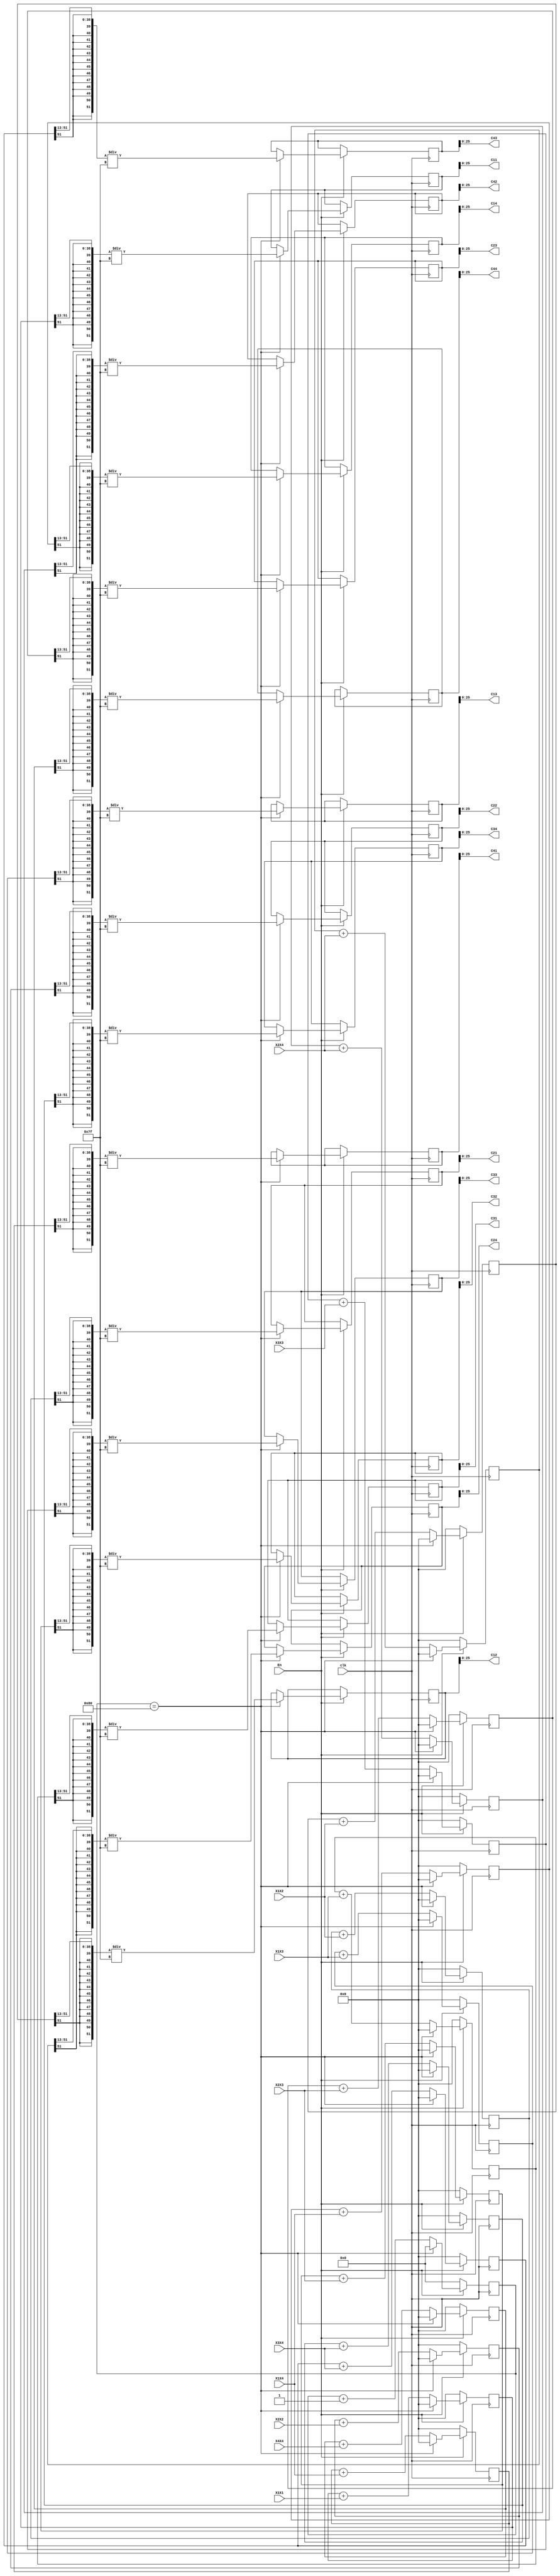
module CovAdderAndDivider(
	input En,
	input clk,

	input wire signed [51:0] X1X1,
	input wire signed [51:0] X1X2,
	input wire signed [51:0] X1X3,
	input wire signed [51:0] X1X4,
	//input wire signed [15:0] X2X1,
	input wire signed [51:0] X2X2,
	input wire signed [51:0] X2X3,
	input wire signed [51:0] X2X4,
	//input wire signed [15:0] X3X1,
	//input wire signed [15:0] X3X2,
	input wire signed [51:0] X3X3, 
    input wire signed [51:0] X3X4, 
	//input wire signed [15:0] X4X1,
   // input wire signed [15:0] X4X2, 
   // input wire signed [15:0] X4X3, 
    input wire signed [51:0] X4X4,
	
	output signed [25:0] C11,
	output signed [25:0] C12,
	output signed [25:0] C13,
	output signed [25:0] C14,
	output signed [25:0] C21,
	output signed [25:0] C22,
	output signed [25:0] C23,
	output signed [25:0] C24,
	output signed [25:0] C31,
	output signed [25:0] C32,
	output signed [25:0] C33,
	output signed [25:0] C34,
	output signed [25:0] C41,
	output signed [25:0] C42,
	output signed [25:0] C43,
	output signed [25:0] C44
);


reg signed [51:0] C11_52b;
reg signed [51:0] C12_52b;
reg signed [51:0] C13_52b;
reg signed [51:0] C14_52b;
reg signed [51:0] C21_52b;
reg signed [51:0] C22_52b;
reg signed [51:0] C23_52b;
reg signed [51:0] C24_52b;
reg signed [51:0] C31_52b;
reg signed [51:0] C32_52b;
reg signed [51:0] C33_52b;
reg signed [51:0] C34_52b;
reg signed [51:0] C41_52b;
reg signed [51:0] C42_52b;
reg signed [51:0] C43_52b;
reg signed [51:0] C44_52b;

reg signed [51:0] C11_reg;
reg signed [51:0] C12_reg;
reg signed [51:0] C13_reg;
reg signed [51:0] C14_reg;
reg signed [51:0] C21_reg;
reg signed [51:0] C22_reg;
reg signed [51:0] C23_reg;
reg signed [51:0] C24_reg;
reg signed [51:0] C31_reg;
reg signed [51:0] C32_reg;
reg signed [51:0] C33_reg;
reg signed [51:0] C34_reg;
reg signed [51:0] C41_reg;
reg signed [51:0] C42_reg;
reg signed [51:0] C43_reg;
reg signed [51:0] C44_reg;

assign C11 = C11_reg[25:0];
assign C12 = C12_reg[25:0];
assign C13 = C13_reg[25:0];
assign C14 = C14_reg[25:0];
assign C21 = C21_reg[25:0];
assign C22 = C22_reg[25:0];
assign C23 = C23_reg[25:0];
assign C24 = C24_reg[25:0];
assign C31 = C31_reg[25:0];
assign C32 = C32_reg[25:0];
assign C33 = C33_reg[25:0];
assign C34 = C34_reg[25:0];
assign C41 = C41_reg[25:0];
assign C42 = C42_reg[25:0];
assign C43 = C43_reg[25:0];
assign C44 = C44_reg[25:0];

reg [7:0] cnt;

always @ (posedge clk) begin
	if(En) begin
		if(cnt == 128) begin
			 cnt<=0;
			 C11_reg <= (C11_52b >>> 13) / 127;
			 C12_reg <= (C12_52b >>> 13) / 127;
			 C13_reg <= (C13_52b >>> 13) / 127;
			 C14_reg <= (C14_52b >>> 13) / 127;
			 C21_reg <= (C21_52b >>> 13) / 127;
             C22_reg <= (C22_52b >>> 13) / 127;
             C23_reg <= (C23_52b >>> 13) / 127;
             C24_reg <= (C24_52b >>> 13) / 127;
             C31_reg <= (C31_52b >>> 13) / 127;
             C32_reg <= (C32_52b >>> 13) / 127;
             C33_reg <= (C33_52b >>> 13) / 127;
             C34_reg <= (C34_52b >>> 13) / 127;
             C41_reg <= (C41_52b >>> 13) / 127;
             C42_reg <= (C42_52b >>> 13) / 127;
             C43_reg <= (C43_52b >>> 13) / 127;
			 C44_reg <= (C44_52b >>> 13) / 127;
			 
			 C11_52b <= 0;
			 C12_52b <= 0;
			 C13_52b <= 0;
			 C14_52b <= 0;
			 C21_52b <= 0;
			 C22_52b <= 0;
			 C23_52b <= 0;
			 C24_52b <= 0;
			 C31_52b <= 0;
			 C32_52b <= 0;
			 C33_52b <= 0;
			 C34_52b <= 0;
			 C41_52b <= 0;
			 C42_52b <= 0;
			 C43_52b <= 0;
			 C44_52b <= 0;
			
		end
		else begin
			 C11_52b <=  C11_52b + X1X1;
			 C12_52b <=  C12_52b + X1X2;
			 C13_52b <=  C13_52b + X1X3;
			 C14_52b <=  C14_52b + X1X4;
			 C21_52b <=  C21_52b + X1X2;
             C22_52b <=  C22_52b + X2X2;
             C23_52b <=  C23_52b + X2X3;
             C24_52b <=  C24_52b + X2X4;
             C31_52b <=  C31_52b + X1X3;
             C32_52b <=  C32_52b + X2X3;
             C33_52b <=  C33_52b + X3X3;
             C34_52b <=  C34_52b + X3X4;
             C41_52b <=  C41_52b + X1X4;
             C42_52b <=  C42_52b + X2X4;
             C43_52b <=  C43_52b + X3X4;
			 C44_52b <=  C44_52b + X4X4;

			 cnt<=cnt+1'b1;
		end
	end
	else begin
		 cnt<=0;
		 C11_52b <= 0;
		 C12_52b <= 0;
		 C13_52b <= 0;
		 C14_52b <= 0;
		 C21_52b <= 0;
		 C22_52b <= 0;
		 C23_52b <= 0;
		 C24_52b <= 0;
		 C31_52b <= 0;
		 C32_52b <= 0;
		 C33_52b <= 0;
		 C34_52b <= 0;
		 C41_52b <= 0;
		 C42_52b <= 0;
		 C43_52b <= 0;
		 C44_52b <= 0;
	end
end
endmodule